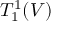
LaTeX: T _ { 1 } ^ { 1 } ( V )